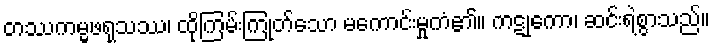
တဿကမ္မဖရုသဿ၊ ထိုကြမ်းကြုတ်သော မကောင်းမှုကံ၏။ ကဋုကော၊ ဆင်းရဲစွာသည်။